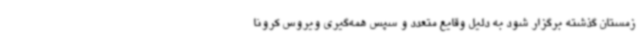
زمستان گذشته برگزار شود به دلیل وقایع متعدد و سپس همه‌گیری ویروس کرونا